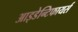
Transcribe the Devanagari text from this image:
आइडेन्टिफायर्स